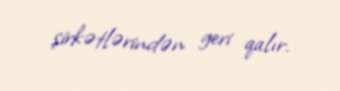
şirkətlərindən geri qalır.